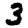
Digit: 3